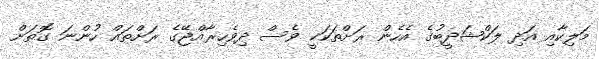
މަލިކާއި އަދި ލަކްޝަދީބުގެ އެހެން ރަށްތަކަކީ ވެސް ދިވެހިރާއްޖޭގެ ރަށްތައް ހުންނަ ގޮތަށް